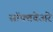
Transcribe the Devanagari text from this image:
सॉफ्तवेअरे